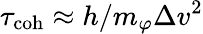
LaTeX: \tau_{\textrm{coh}}\approx h/m_{\varphi}\Delta v^{2}